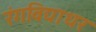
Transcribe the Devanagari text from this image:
रंगविद्याधर